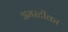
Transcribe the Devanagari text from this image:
अमरटीका